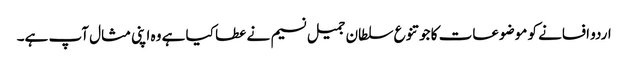
اردو افسانے کو موضوعات کا جو تنوع سلطان جمیل نسیم نے عطا کیا ہے وہ اپنی مثال آپ ہے۔